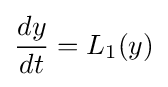
{\frac {d{y}}{dt}}=L_{1}({y})